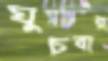
ঘুচবার